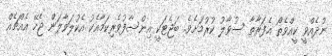
ނުދެއްވީ ކީއްވެތޯ އެފަރާތާ ސުވާލު ކުރުމަށެވެ. ބަޖެޓަކީ އިންސާފުވެރިކަމާއެކު އެކުލަވާލަން ޖެހޭ އެއްޗެއް